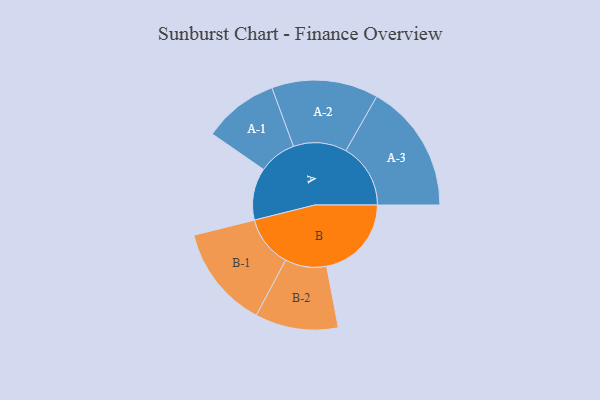
{"axis": {"x": "Segment", "y": "Value"}, "legend": ["", "A", "B"], "data": [{"x": "A", "y": 212, "type": ""}, {"x": "B", "y": 345, "type": ""}, {"x": "A-1", "y": 153, "type": "A"}, {"x": "A-2", "y": 217, "type": "A"}, {"x": "A-3", "y": 263, "type": "A"}, {"x": "B-1", "y": 209, "type": "B"}, {"x": "B-2", "y": 169, "type": "B"}]}